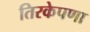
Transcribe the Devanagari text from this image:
तिरकेपणा